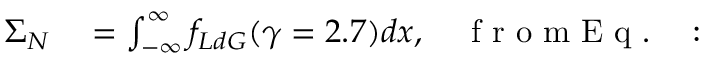
\begin{array} { r l } { \Sigma _ { N } } & { { } = \int _ { - \infty } ^ { \infty } f _ { L d G } ( \gamma = 2 . 7 ) d x , \quad \mathrm { ~ f ~ r ~ o ~ m ~ E ~ q ~ . ~ ~ ~ : ~ } } \end{array}